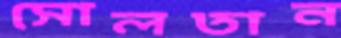
সোলতান